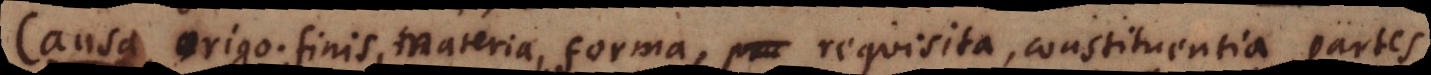
a, origo. finis, materia, forma, pra requisita, constituentia, partes